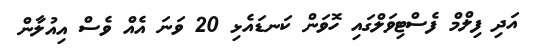
އަދި ފިލްމް ފެސްޓިވަލްގައި ހޮވަން ކަނޑައެޅި 20 ވަނަ އެއް ވެސް އިއުލާން